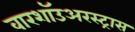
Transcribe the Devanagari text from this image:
वारशॉउअरस्ट्रास